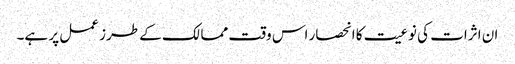
ان اثرات کی نوعیت کا انحصار اس وقت ممالک کے طرز عمل پر ہے۔